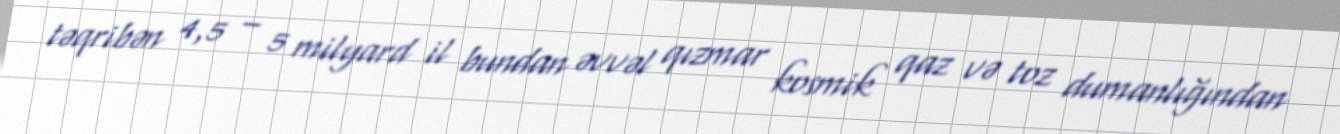
təqribən 4,5 – 5 milyard il bundan əvvəl qızmar kosmik qaz və toz dumanlığından